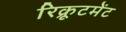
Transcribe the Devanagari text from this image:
रिक्रूटमेंट